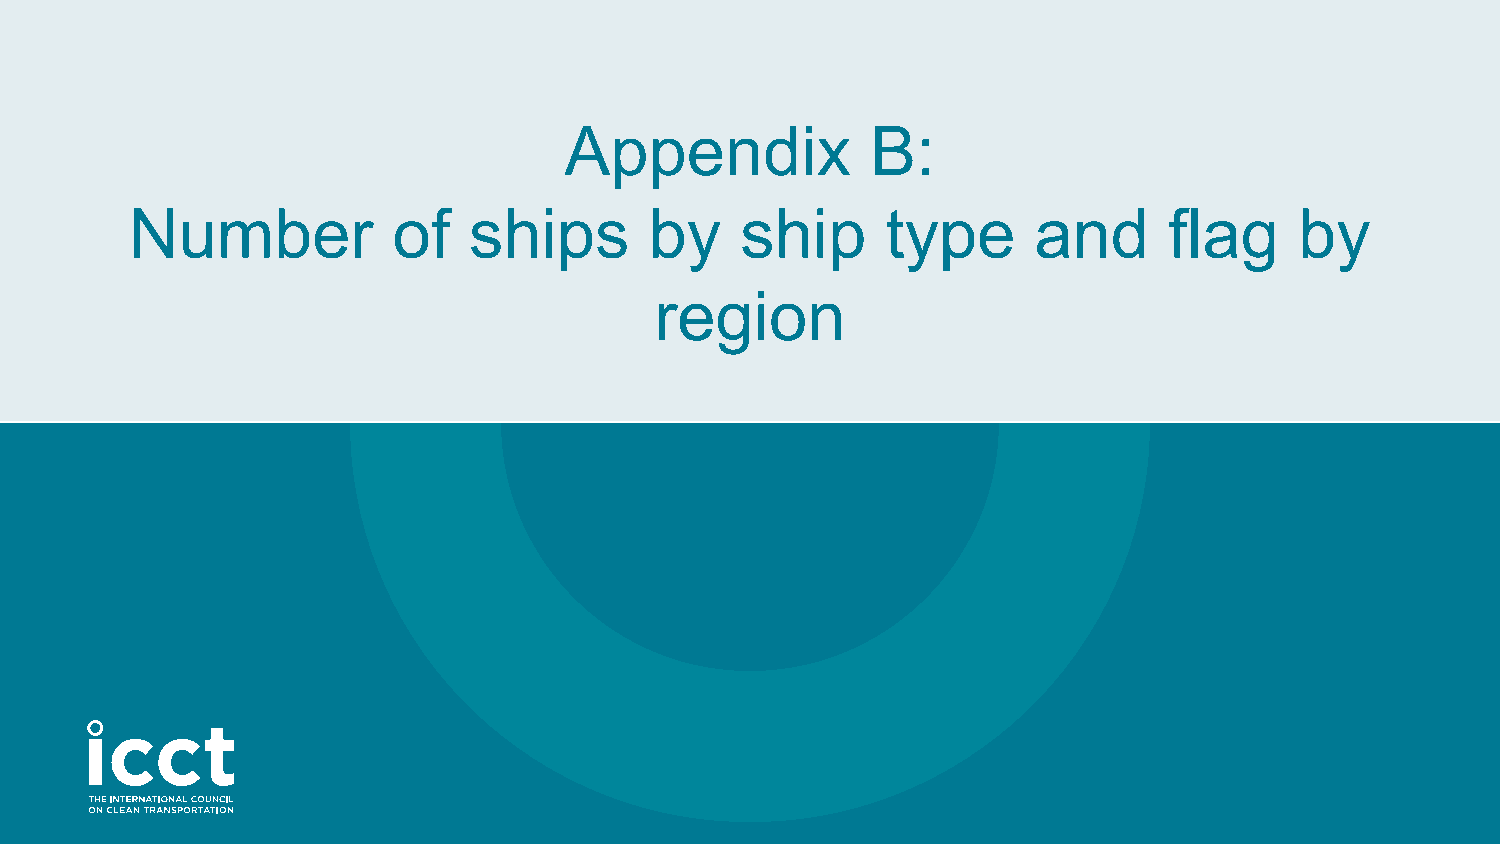
Appendix             B:
 Number           of   ships       by    ship      type     and      flag     by
 region
 16